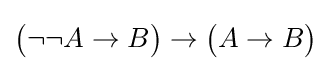
{\big (}\neg \neg A\to B{\big )}\to {\big (}A\to B{\big )}